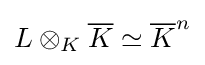
L\otimes _{K}{\overline {K}}\simeq {\overline {K}}^{n}